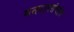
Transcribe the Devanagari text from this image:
मतदारसंघांस